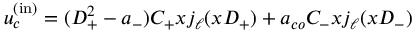
u _ { c } ^ { \mathrm { ( i n ) } } = ( D _ { + } ^ { 2 } - a _ { - } ) C _ { + } x j _ { \ell } ( x D _ { + } ) + a _ { c o } C _ { - } x j _ { \ell } ( x D _ { - } )